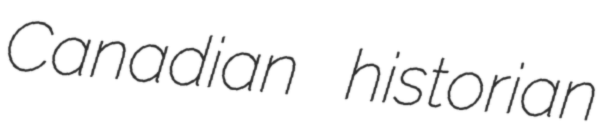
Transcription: Canadian historian